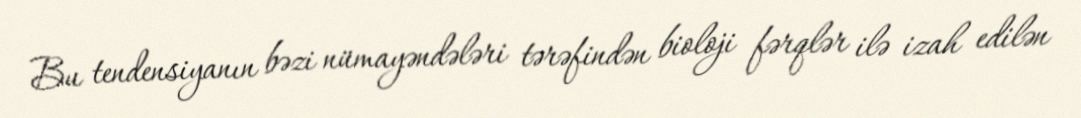
Bu tendensiyanın bəzi nümayəndələri tərəfindən bioloji fərqlər ilə izah edilən